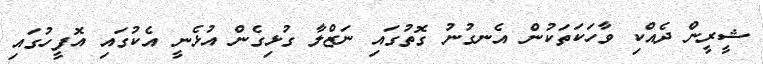
ޝީރީން ދެއްކި ވާހަކަތަކުން އެނގުނު ގޮތުގައި ނަޒްލާ ގުޅިގެން އުޅެނީ އެކުގައި އޮފީހުގައި